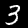
Digit: 3